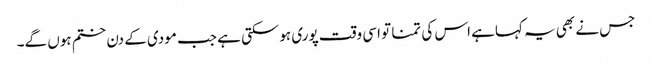
جس نے بھی یہ کہاہے اس کی تمنا تو اسی وقت پوری ہوسکتی ہے جب مودی کے دن ختم ہوں گے۔